Indian Medical Review
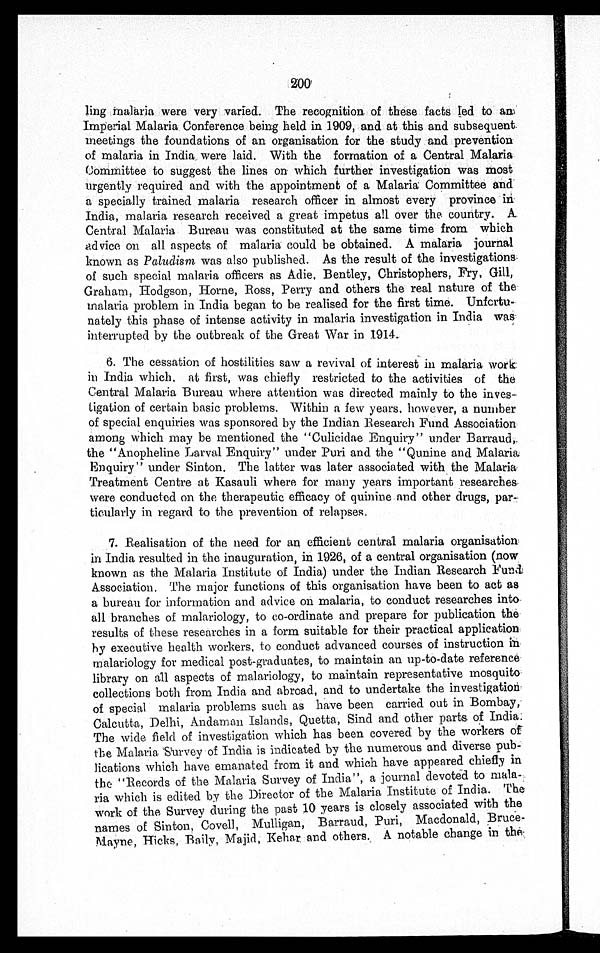
200
ling malaria were very varied. The recognition of these facts led to an
Imperial Malaria Conference being held in 1909, and at this and subsequent
meetings the foundations of an organisation for the study and prevention
of malaria in India were laid. With the formation of a Central Malaria
Committee to suggest the lines on which further investigation was most
urgently required and with the appointment of a Malaria Committee and
a specially trained malaria research officer in almost every province in
India, malaria research received a great impetus all over the country. A
Central Malaria Bureau was constituted at the same time from which
advice on all aspects of malaria could be obtained. A malaria journal
known as Paludism was also published. As the result of the investigations
of such special malaria officers as Adie, Bentley, Christophers, Fry, Gill,
Graham, Hodgson, Horne, Ross, Perry and others the real nature of the
malaria problem in India began to be realised for the first time.
U n f o r t u - n a t e l y t h i s p h a s e o f i n t e n s e a c t i v i t y i n m a l a r i a i n v e s t i g a t i o n i n I n d i a w a s
interrupted by the outbreak of the Great War in 1914.
6. The cessation of hostilities saw a revival of interest in malaria work
in India which, at first, was chiefly restricted to the activities of the
Central Malaria Bureau where attention was directed mainly to the inves
-tigation of certain basic problems. Within a few years, however, a number
of special enquiries was sponsored by the Indian Research Fund Association
among which may be mentioned the "Culicidae Enquiry" under Barraud,.
the "Anopheline Larval Enquiry" under Puri and the "Qunine and Malaria
Enquiry" under Sinton. The latter was later associated with the Malaria
Treatment Centre at Kasauli where for many years important researches
were conducted on the therapeutic efficacy of quinine and other drugs, par-
ticularly in regard to the prevention of relapses.
7. Realisation of the need for an efficient central malaria organisation
in India resulted in the inauguration, in 1926, of a central organisation (now
known as the Malaria Institute of India) under the Indian Research Fund
Association. The major functions of this organisation have been to act as
a bureau for information and advice on malaria, to conduct researches into
all branches of malariology, to co-ordinate and prepare for publication the
results of these researches in a form suitable for their practical application
by executive health workers, to conduct advanced courses of instruction in
malariology for medical post-graduates, to maintain an up-to-date reference
library on all aspects of malariology, to maintain representative mosquito
collections both from India and abroad, and to undertake the investigation
of special malaria problems such as have been carried out in Bombay,
Calcutta, Delhi, Andaman Islands, Quetta, Sind and other parts of India.
The wide field of investigation which has been covered by the workers of
the Malaria Survey of India is indicated by the numerous and diverse pub
- l i c a t i o n s w h i c h h a v e e m a n a t e d f r o m i t a n d w h i c h h a v e a p p e a r e d c h i e f l y i n
the "Records of the Malaria Survey of India", a journal devoted to
m a l a - r i a w h i c h i s e d i t e d b y t h e D i r e c t o r o f t h e M a l a r i a I n s t i t u t e o f I n d i a . T h e
work of the Survey during the past 10 years is closely associated with the
names of Sinton, Covell, Mulligan, Barraud, Puri, Macdonald, Bruce-
Mayne, Hicks, Baily, Majid, Kehar and others. A notable change in the